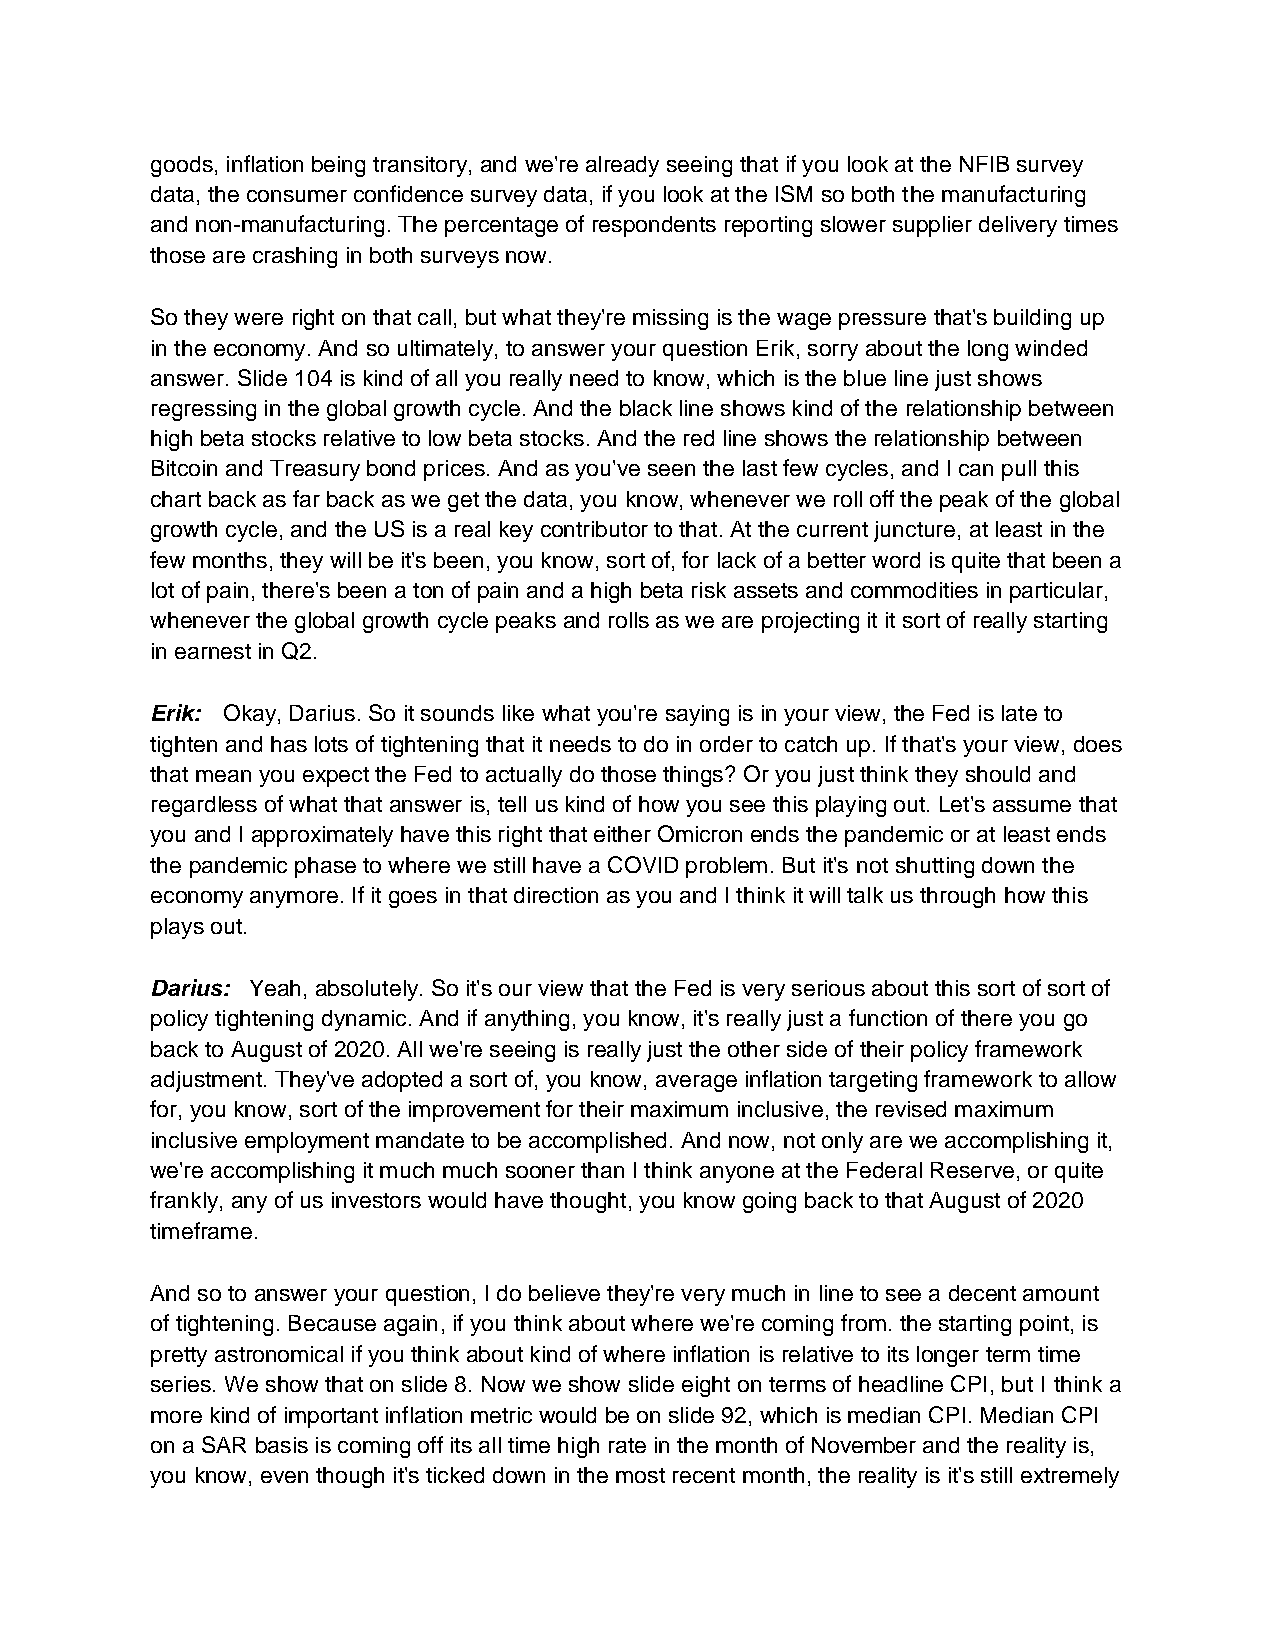
goods, inflation being transitory, and we're already seeing that if you look at the NFIB survey
 data, the consumer confidence survey data, if you look at the ISM so both the manufacturing
 and non-manufacturing. The percentage of respondents reporting slower supplier delivery times
 those are crashing in both surveys now.
 So they were right on that call, but what they're missing is the wage pressure that's building up
 in the economy. And so ultimately, to answer your question Erik, sorry about the long winded
 answer. Slide 104 is kind of all you really need to know, which is the blue line just shows
 regressing in the global growth cycle. And the black line shows kind of the relationship between
 high beta stocks relative to low beta stocks. And the red line shows the relationship between
 Bitcoin and Treasury bond prices. And as you've seen the last few cycles, and I can pull this
 chart back as far back as we get the data, you know, whenever we roll off the peak of the global
 growth cycle, and the US is a real key contributor to that. At the current juncture, at least in the
 few months, they will be it's been, you know, sort of, for lack of a better word is quite that been a
 lot of pain, there's been a ton of pain and a high beta risk assets and commodities in particular,
 whenever the global growth cycle peaks and rolls as we are projecting it it sort of really starting
 in earnest in Q2.
 Erik: Okay, Darius. So it sounds like what you're saying is in your view, the Fed is late to
 tighten and has lots of tightening that it needs to do in order to catch up. If that's your view, does
 that mean you expect the Fed to actually do those things? Or you just think they should and
 regardless of what that answer is, tell us kind of how you see this playing out. Let's assume that
 you and I approximately have this right that either Omicron ends the pandemic or at least ends
 the pandemic phase to where we still have a COVID problem. But it's not shutting down the
 economy anymore. If it goes in that direction as you and I think it will talk us through how this
 plays out.
 Darius: Yeah, absolutely. So it's our view that the Fed is very serious about this sort of sort of
 policy tightening dynamic. And if anything, you know, it's really just a function of there you go
 back to August of 2020. All we're seeing is really just the other side of their policy framework
 adjustment. They've adopted a sort of, you know, average inflation targeting framework to allow
 for, you know, sort of the improvement for their maximum inclusive, the revised maximum
 inclusive employment mandate to be accomplished. And now, not only are we accomplishing it,
 we're accomplishing it much much sooner than I think anyone at the Federal Reserve, or quite
 frankly, any of us investors would have thought, you know going back to that August of 2020
 timeframe.
 And so to answer your question, I do believe they're very much in line to see a decent amount
 of tightening. Because again, if you think about where we're coming from. the starting point, is
 pretty astronomical if you think about kind of where inflation is relative to its longer term time
 series. We show that on slide 8. Now we show slide eight on terms of headline CPI, but I think a
 more kind of important inflation metric would be on slide 92, which is median CPI. Median CPI
 on a SAR basis is coming off its all time high rate in the month of November and the reality is,
 you know, even though it's ticked down in the most recent month, the reality is it's still extremely